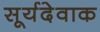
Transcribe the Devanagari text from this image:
सूर्यदेवाक